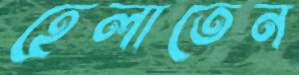
হেলাতেন